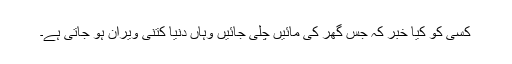
کسی کو کیا خبر کہ جس گھر کی مائیں چلی جائیں وہاں دنیا کتنی ویران ہو جاتی ہے۔